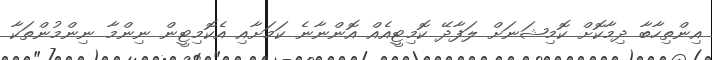
އިންތިހާބާ ދިމާކޮށް ކޮމިޝަނަށް ލަފާދޭ ކޮމިޓީއެއް އޮންނާނެ ކަމަށާއި އެކޮމިޓީން ނިންމާ ނިންމުންތަކާ